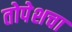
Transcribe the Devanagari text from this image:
तोपेशचा